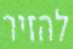
להזיר